Plague in India, 1896, 1897 - Volume 2
Year: 1896
Disease focus: Plague
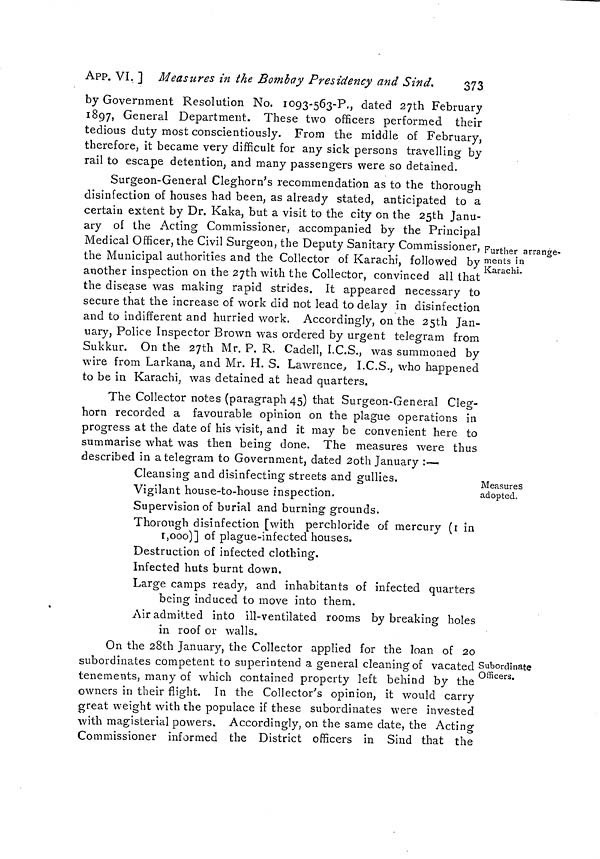
373
APP. VI. ] Measures in the Bombay Presidency and Sind,
by Government Resolution No. 1093-563-P., dated 27th February
1897, General Department. These two officers performed their
tedious duty most conscientiously. From the middle of February,
therefore, it became very difficult for any sick persons travelling by
rail to escape detention, and many passengers were so detained.
Further arrange-
ments in
Karachi.
Surgeon-General Cleghorn's recommendation as to the thorough
disinfection of houses had been, as already stated, anticipated to a
certain extent by Dr. Kaka, but a visit to the city on the 25th Janu-
ary of the Acting Commissioner, accompanied by the Principal
Medical Officer, the Civil Surgeon, the Deputy Sanitary Commissioner,
the Municipal authorities and the Collector of Karachi, followed by
another inspection on the 27th with the Collector, convinced all that
the disease was making rapid strides. It appeared necessary to
secure that the increase of work did not lead to delay in disinfection
and to indifferent and hurried work. Accordingly, on the 25th Jan-
uary, Police Inspector Brown was ordered by urgent telegram from
Sukkur. On the 27th Mr. P. R. Cadeil, I.C.S., was summoned by
wire from Larkana, and Mr. H. S. Lawrence, I.C.S., who happened
to be in Karachi, was detained at head quarters.
Measures
adopted.
The Collector notes (paragraph 45) that Surgeon-General Cleg-
horn recorded a favourable opinion on the plague operations in
progress at the date of his visit, and it may be convenient here to
summarise what was then being done. The measures were thus
described in a telegram to Government, dated 20th January :—
Cleansing and disinfecting streets and gullies.
Vigilant house-to-house inspection.
Supervision of burial and burning grounds.
Thorough disinfection [with perchloride of mercury (1 in
1,000)] of plague-infected houses.
Destruction of infected clothing.
Infected huts burnt down.
Large camps ready, and inhabitants of infected quarters
being induced to move into them.
Air admitted into ill-ventilated rooms by breaking holes
in roof or walls.
Subordinate
Officers.
On the 28th January, the Collector applied for the loan of 20
subordinates competent to superintend a general cleaning of vacated
tenements, many of which contained property left behind by the
owners in their flight. In the Collector's opinion, it would carry
great weight with the populace if these subordinates were invested
with magisterial powers. Accordingly, on the same date, the Acting
Commissioner informed the District officers in Sind that the